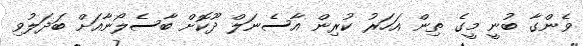
ވެންގާ ބުނީ މީގެ ތިން އަހަރު ކުރިން އާސެނަލް ދޫކޮށް ބާސެލޯނާއަށް ބަދަލުވި